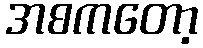
အစကတော့